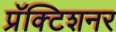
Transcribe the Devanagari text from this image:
प्रॅक्टिशनर